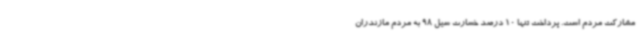
مشارکت مردم است. پرداخت تنها 10 درصد خسارت سیل 98 به مردم مازندران